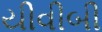
યીવીબી